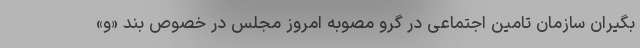
بگیران سازمان تامین اجتماعی در گرو مصوبه امروز مجلس در خصوص بند «و»